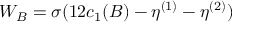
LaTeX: W _ { B } = \sigma ( 1 2 c _ { 1 } ( B ) - \eta ^ { ( 1 ) } - \eta ^ { ( 2 ) } )